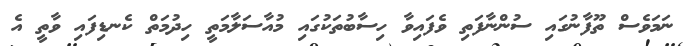
ނަމަވެސް ތޫފާނުގައި ސުންނާފަތި ވެފައިވާ ހިސާބުތަކުގައި މުއާސަލާމަތީ ހިދުމަތް ކެނޑިފައި ވާތީ އެ